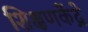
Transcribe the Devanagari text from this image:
शिक्षणकेंद्रे